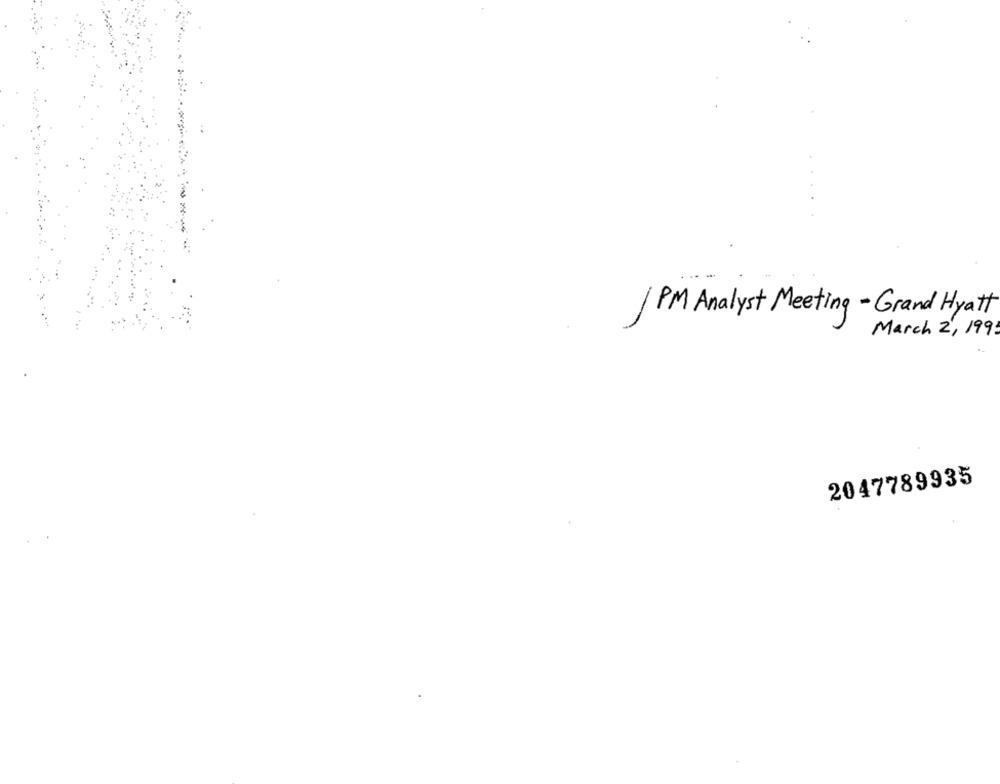
-
/ PM Analyst Meeting - Grand Hyatt
March 2, 199!
2047789935